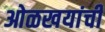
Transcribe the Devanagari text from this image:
ओळखयांची